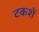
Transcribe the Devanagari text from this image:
टकशें